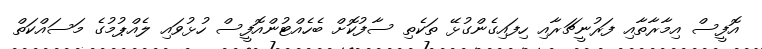
އޮފީސް އިމާރާތާއި ފަރުނީޗަރާއި ހިފައިގެންގުޅޭ ތަކެތި ސާފުކޮށް ބެހެއްޓުންއޮފީސް ހުޅުވައި ލެއްޕުމުގެ މަސައްކަތްް